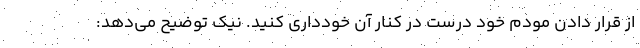
از قرار دادن مودم خود درست در کنار آن خودداری کنید. نیک توضیح می‌دهد: